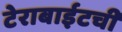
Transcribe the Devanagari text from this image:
टेराबाईटची